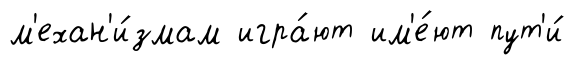
м'ехан'и́змам игра́ют им'е́ют пут'и́